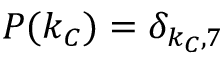
P ( k _ { C } ) = \delta _ { k _ { C } , 7 }